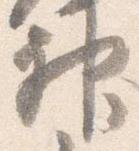
神